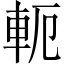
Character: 軛